Vaccination in Burma 1889-1999 - 1889-1999
Year: 1889
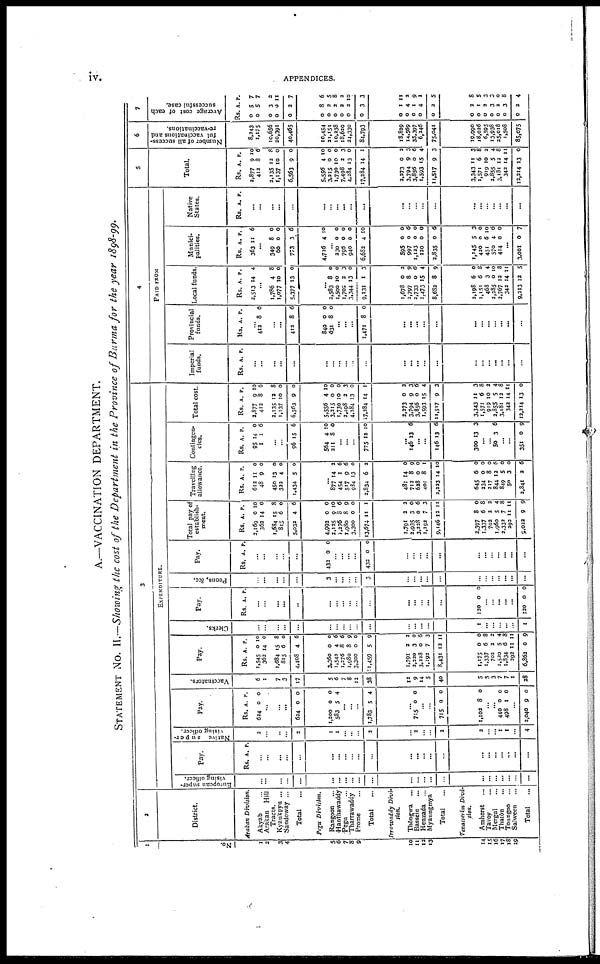
iv.
APPENDICES.
A.—VACCINATION DEPARTMENT.
STATEMENT No. II.—Showing the cost of the Department in the Province of Burma for the year 1998-99.
1
No.
1
2
3
4
5
6
7
8
9
10
11
12
13
14
15
16
17
18
19
2
District.
Arakan Division.
Akyab ...
Arakan Hill
Tracts.
Kyaukpyu ...
Sandoway ...
Total ...
Pegu Division.
Rangoon ...
Hanthawaddy
Pegu ...
Tharrawaddy
Prome ...
Total ...
Irrawaddy Divi-
sion.
Thôngwa ...
Bassein ...
Henzada ...
Myaungmya
Total ...
Tmasserim Divi-
sion.
Amherst ...
Tavoy ...
Mergui ...
Thatôn ...
Toungoo ...
Salween ...
Total ...
3
EXPENDITURE.
European super-
vising officer.
...
...
...
...
...
...
...
...
...
...
...
...
...
...
...
...
...
...
...
...
...
...
...
Pay.
Rs. A. P.
...
...
...
...
...
...
...
...
... ...
...
...
...
...
...
...
...
...
...
...
...
...
...
Native super-
vising officer.
2
...
...
...
2
1
1
...
...
...
2
...
2
...
...
2
2
...
... 1
1
...
4
Pay.
Rs.
624
A.
0
P.
0
...
... ...
624 0 0
1,200
583
0
5
0
4
...
...
...
1,783 5 4
...
715 0 0
...
...
715 0 0
1,102 8 0
...
... 440
498
0
1
0
0
...
2,040 9 0
Vaccinators.
6
1
7
3
17
5
6
7
8
12
38
12
9
14
5
40
5
5
3
7
7
1
28
Pay.
Rs.
1,545
362
1,684
815
4,408
A.
0
14
15
6
4
P.
10
0
8
0
6
3,360
1,542
1,276
1,980
3,300
11,459
0
4
8
8
0
5
0
6
6
9
0
9
1,791
2,220
3,228
1,192
8,431
2
3
0
7
12
2
0
6
3
11
1,175
1,337
702
1,520
1,834
292
6,862
0
6
2
5
6
11
0
0
8
2
4
8
11
9
Clerks.
...
...
...
...
...
...
...
...
...
...
...
...
...
...
...
...
1
...
...
...
...
...
1
Pay.
Rs. A. P.
...
...
...
...
...
...
...
...
...
...
...
...
...
...
...
...
120 0 0
...
...
...
...
...
120 0 0
Peons, &c.
...
...
...
...
...
3
...
...
...
...
3
...
...
...
...
...
...
...
...
...
...
...
...
Pay.
Rs. A. P.
...
...
...
...
...
432 0 0
...
...
...
...
432 0 0
...
...
...
...
...
...
...
...
...
...
...
...
Total pay of
establish-
ment.
Rs.
2,169
362
1,684
815
5,032
A.
0
14
15
6
4
P.
10
0
8
0
6
4,992
2,125
1,276
1,980
3,300
13,674
0
9
8
8
0
11
0
10
6
9
0
1
1,791
2,935
3,228
1,192
9,146
2
3
0
7
12
2
0
6
3
11
2,397
1,337
702
1,960
2,332
292
9,022
8
6
2
5
7
11
9
0
8
2
4
8
11
9
Travelling
allowance.
Rs.
612
48
450
322
1,434
A.
11
9
13
4
5
P.
0
0
0
0
0
...
877
454
517
934
2,834
14
1
9
13
6
2
6
6
0
2
481
712
628
401
2,223
14
8
0
8
14
0
9
0
1
10
645
234
217
844
849
50
2,841
6
0
8
12
5
3
2
0
0
0
6
0
0
6
Contingen-
cies.
Rs.
95
1
A.
14
1
P.
0
6
...
...
96 15 6
564
211
4
8
10
0
...
...
...
775 12 10
...
146 13 6
...
...
146 13 6
300 13 3
...
... 50 3 6
...
...
351 0 9
Total cost.
Rs.
2,877
412
2,135
1,137
6,563
A.
9
8
12
10
9
P.
10
6
8
0
0
5,556
3,215
1,730
2,498
4,284
17,284
4
0
10
2
13
14
10
0
0
3
0
1
2,273
3,794
3,856
1,593
11,517
0
9
0
15
9
2
3
6
4
3
3,343
1,571
919
2,855
3,181
342
12,214
14
6
10
5
12
14
13
3
8
2
4
8
11
0
4
PAID FROM
Imperial
funds.
Rs. A. P.
...
...
...
...
...
...
...
...
...
...
...
...
...
...
...
...
...
... ...
...
...
...
...
Provincial
funds.
Rs. A. P.
...
412 8 6
... ...
412 8 6
840
631
0
8
0
0
...
...
...
1,471 8 0
...
...
...
...
...
...
...
...
...
...
...
...
Local funds.
Rs.
2,513
A.
14
P.
4
1,786
1,077
5,377
4
10
13
8
0
0
...
2,583
1,500
1,702
3,344
9,131
8
10
2
13
1
0
0
3
0
3
1,678
2,797
2,733
1,473
8,682
0
8
0
15
8
2
9
6
4
9
2,198
1,151
468
2,285
2,767
342
9,213
6
6
3
0
12
14
12
0
8
4
10
8
11
5
Munici-
palities.
Rs.
363
A.
11
P.
6
349
60
773
8
0
3
0
0
6
4,716 4 10
...
230
796
940
6,682
0
0
0
4
0
0
0
10
595
997
1,123
120
2,835
0
0
0
0
0
0
6
0
0
6
1,145
420
451
570
414
5
0
6
4
0
3
0
10
6
0
...
3,001 0 7
Native
States.
Rs. A P.
...
...
...
...
...
...
...
...
...
...
...
...
...
...
...
...
...
...
...
...
...
...
...
5
Rs.
2,877
412
2,135
1,137
6,563
A.
9
8
12
.0
9
P.
10
6
8
0
0
5,556
3,215
1,730
7,498
4,284
17,284
4
0
10
2
13
14
10
0
0
3
0
1
2,273
3,794
3,856
1,593
11,517
0
9
0
15
9
2
3
6
4
3
3,343
1,571
919
2,855
3,181
342
12,214
11
6
10
5
12
14
13
3
8
2
4
8
11
0
6
Number of all success-
ful vaccinations and
re-vaccinations.
8,243
1,175
10,656
20,391
40,465
10,454
21,151
10,238
18,620
24,330
84,793
18,829
14,569
35,397
6,246
75,041
19,990
18,026
6,595
13,938
25,018
1,508
85,075
7
Average cost of each
successful case.
Rs
0
0
0
0
0
. A
5
5
3
0
2
P.
7
7
2
111
7
0
0
0
0
0
0
8
2
2
2
2
3
6
5
8
2
10
3
0
0
0
0
0
1
4
1
4
2
11
2
9
1
5
0
0
0
0
0
0
0
2
1
2
3
2
3
2
8
5
3
3
0
8
4